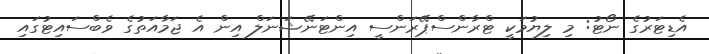
އެޑިޓަރުގެ ނޯޓު: މި ލިޔުމަކީ ޓްރާންސްޕޭރަންސީ އިންޓަނޭޝަނަލް އިން އެ ޖަމާއަތުގެ ވެބްސައިޓުގައި